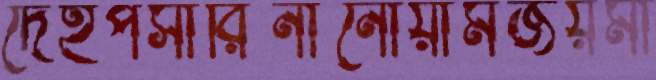
দেহপসারিনীনোয়ামজয়মা